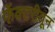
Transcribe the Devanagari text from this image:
फॅक्टरीतून